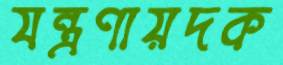
যন্ত্রণায়দক